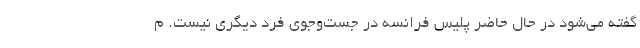
گفته می‌شود در حال حاضر پلیس فرانسه در جست‌وجوی فرد دیگری نیست. م